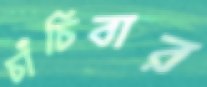
চাঁচিবার